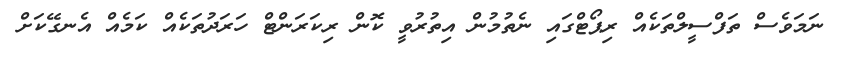
ނަމަވެސް ތަފްސީލްތަކެއް ރިޕޯޓްގައި ނެތުމުން އިތުރުވީ ކޮން ރިކަރަންޓް ހަރަދުތަކެއް ކަމެއް އެނގޭކަށް